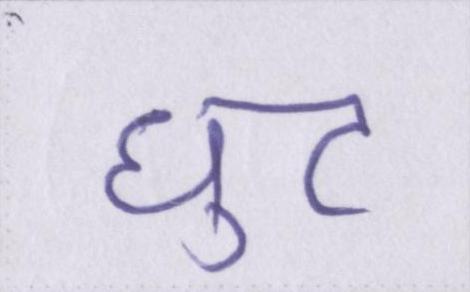
घुट